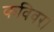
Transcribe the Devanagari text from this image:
कविवर।